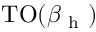
\mathrm { T O } ( \beta _ { \mathrm { ~ h ~ } } )